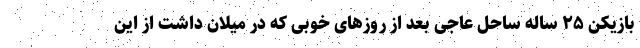
بازیکن ۲۵ ساله ساحل عاجی بعد از روزهای خوبی که در میلان داشت از این